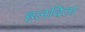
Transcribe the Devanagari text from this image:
हलविता